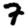
Digit: 7